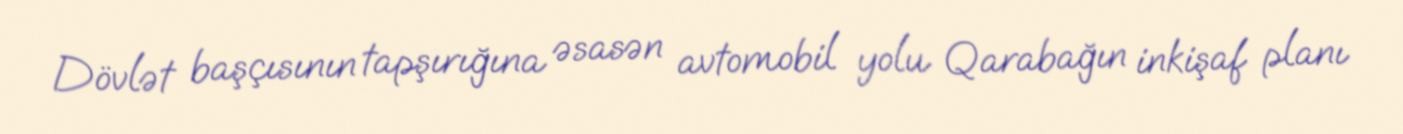
Dövlət başçısının tapşırığına əsasən avtomobil yolu Qarabağın inkişaf planı